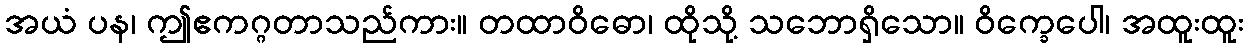
အယံ ပန၊ ဤဧကဂ္ဂတာသည်ကား။ တထာဝိဓော၊ ထိုသို့ သဘောရှိသော။ ဝိက္ခေပေါ၊ အထူးထူး